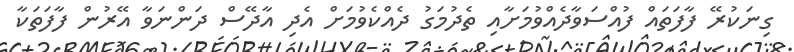
ގިނަކުރޭ ފާފަތައް ފުއްސަވާދެއްވުމަށާއި ތެދުމަގު ދެއްކެވުމަށް އެދި އާދޭސް ދަންނަވާ އޭރުން ފާފަތަކާ